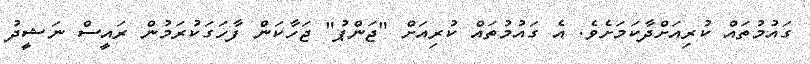
ގައުމުތައް ކުރިއަަށްދާކަމަށެވެ. އެ ގައުމުތައް ކުރިއަށް "ޖަންޕު" ޖަހާކަން ފާހަގަކުރަމުން ރައީސް ނަޝީދު